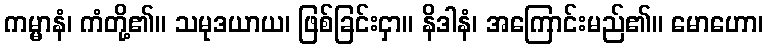
ကမ္မာနံ၊ ကံတို့၏။ သမုဒယာယ၊ ဖြစ်ခြင်းငှာ။ နိဒါနံ၊ အကြောင်းမည်၏။ မောဟော၊